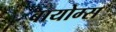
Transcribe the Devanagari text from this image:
बायोम्स